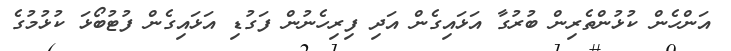
އަންހެން ކުޅުންތެރިން ބުރުގާ އަޅައިގެން އަދި ފިރިހެނުން ފަގުޑި އަޅައިގެން ފުޓުބޯޅަ ކުޅުމުގެ